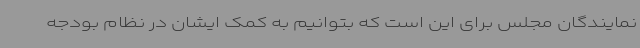
نمایندگان مجلس برای این است که بتوانیم به کمک ایشان در نظام بودجه